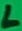
Text: L